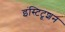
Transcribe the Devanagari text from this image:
इंस्टिटूशन